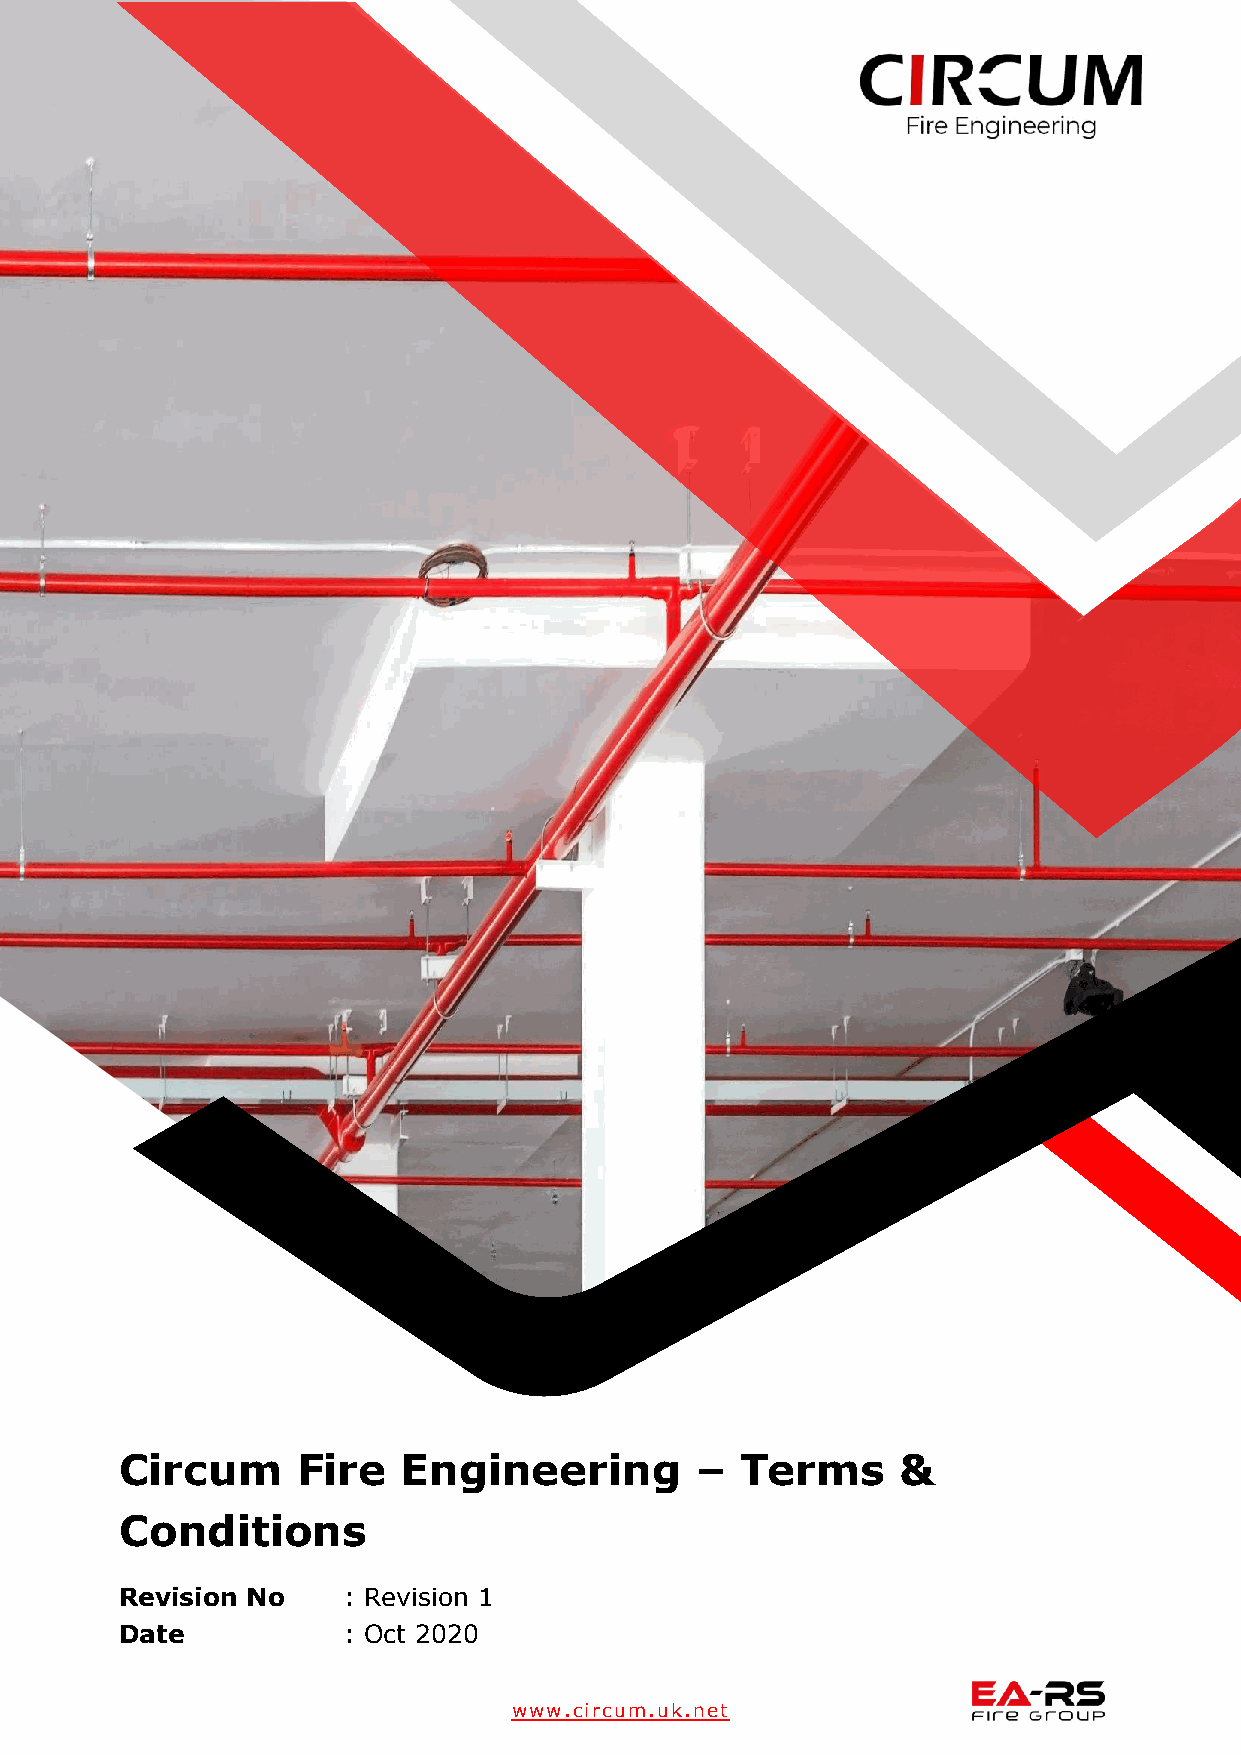
Circum      Fire   Engineering        –  Terms      &
 Conditions
 Revision No    : Revision 1
 Date           : Oct 2020
 www.circum.uk.net